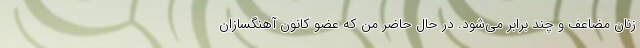
زنان مضاعف و چند برابر می‌شود. در حال حاضر من که عضو کانون آهنگسازان